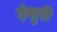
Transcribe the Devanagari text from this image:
इंसुरी